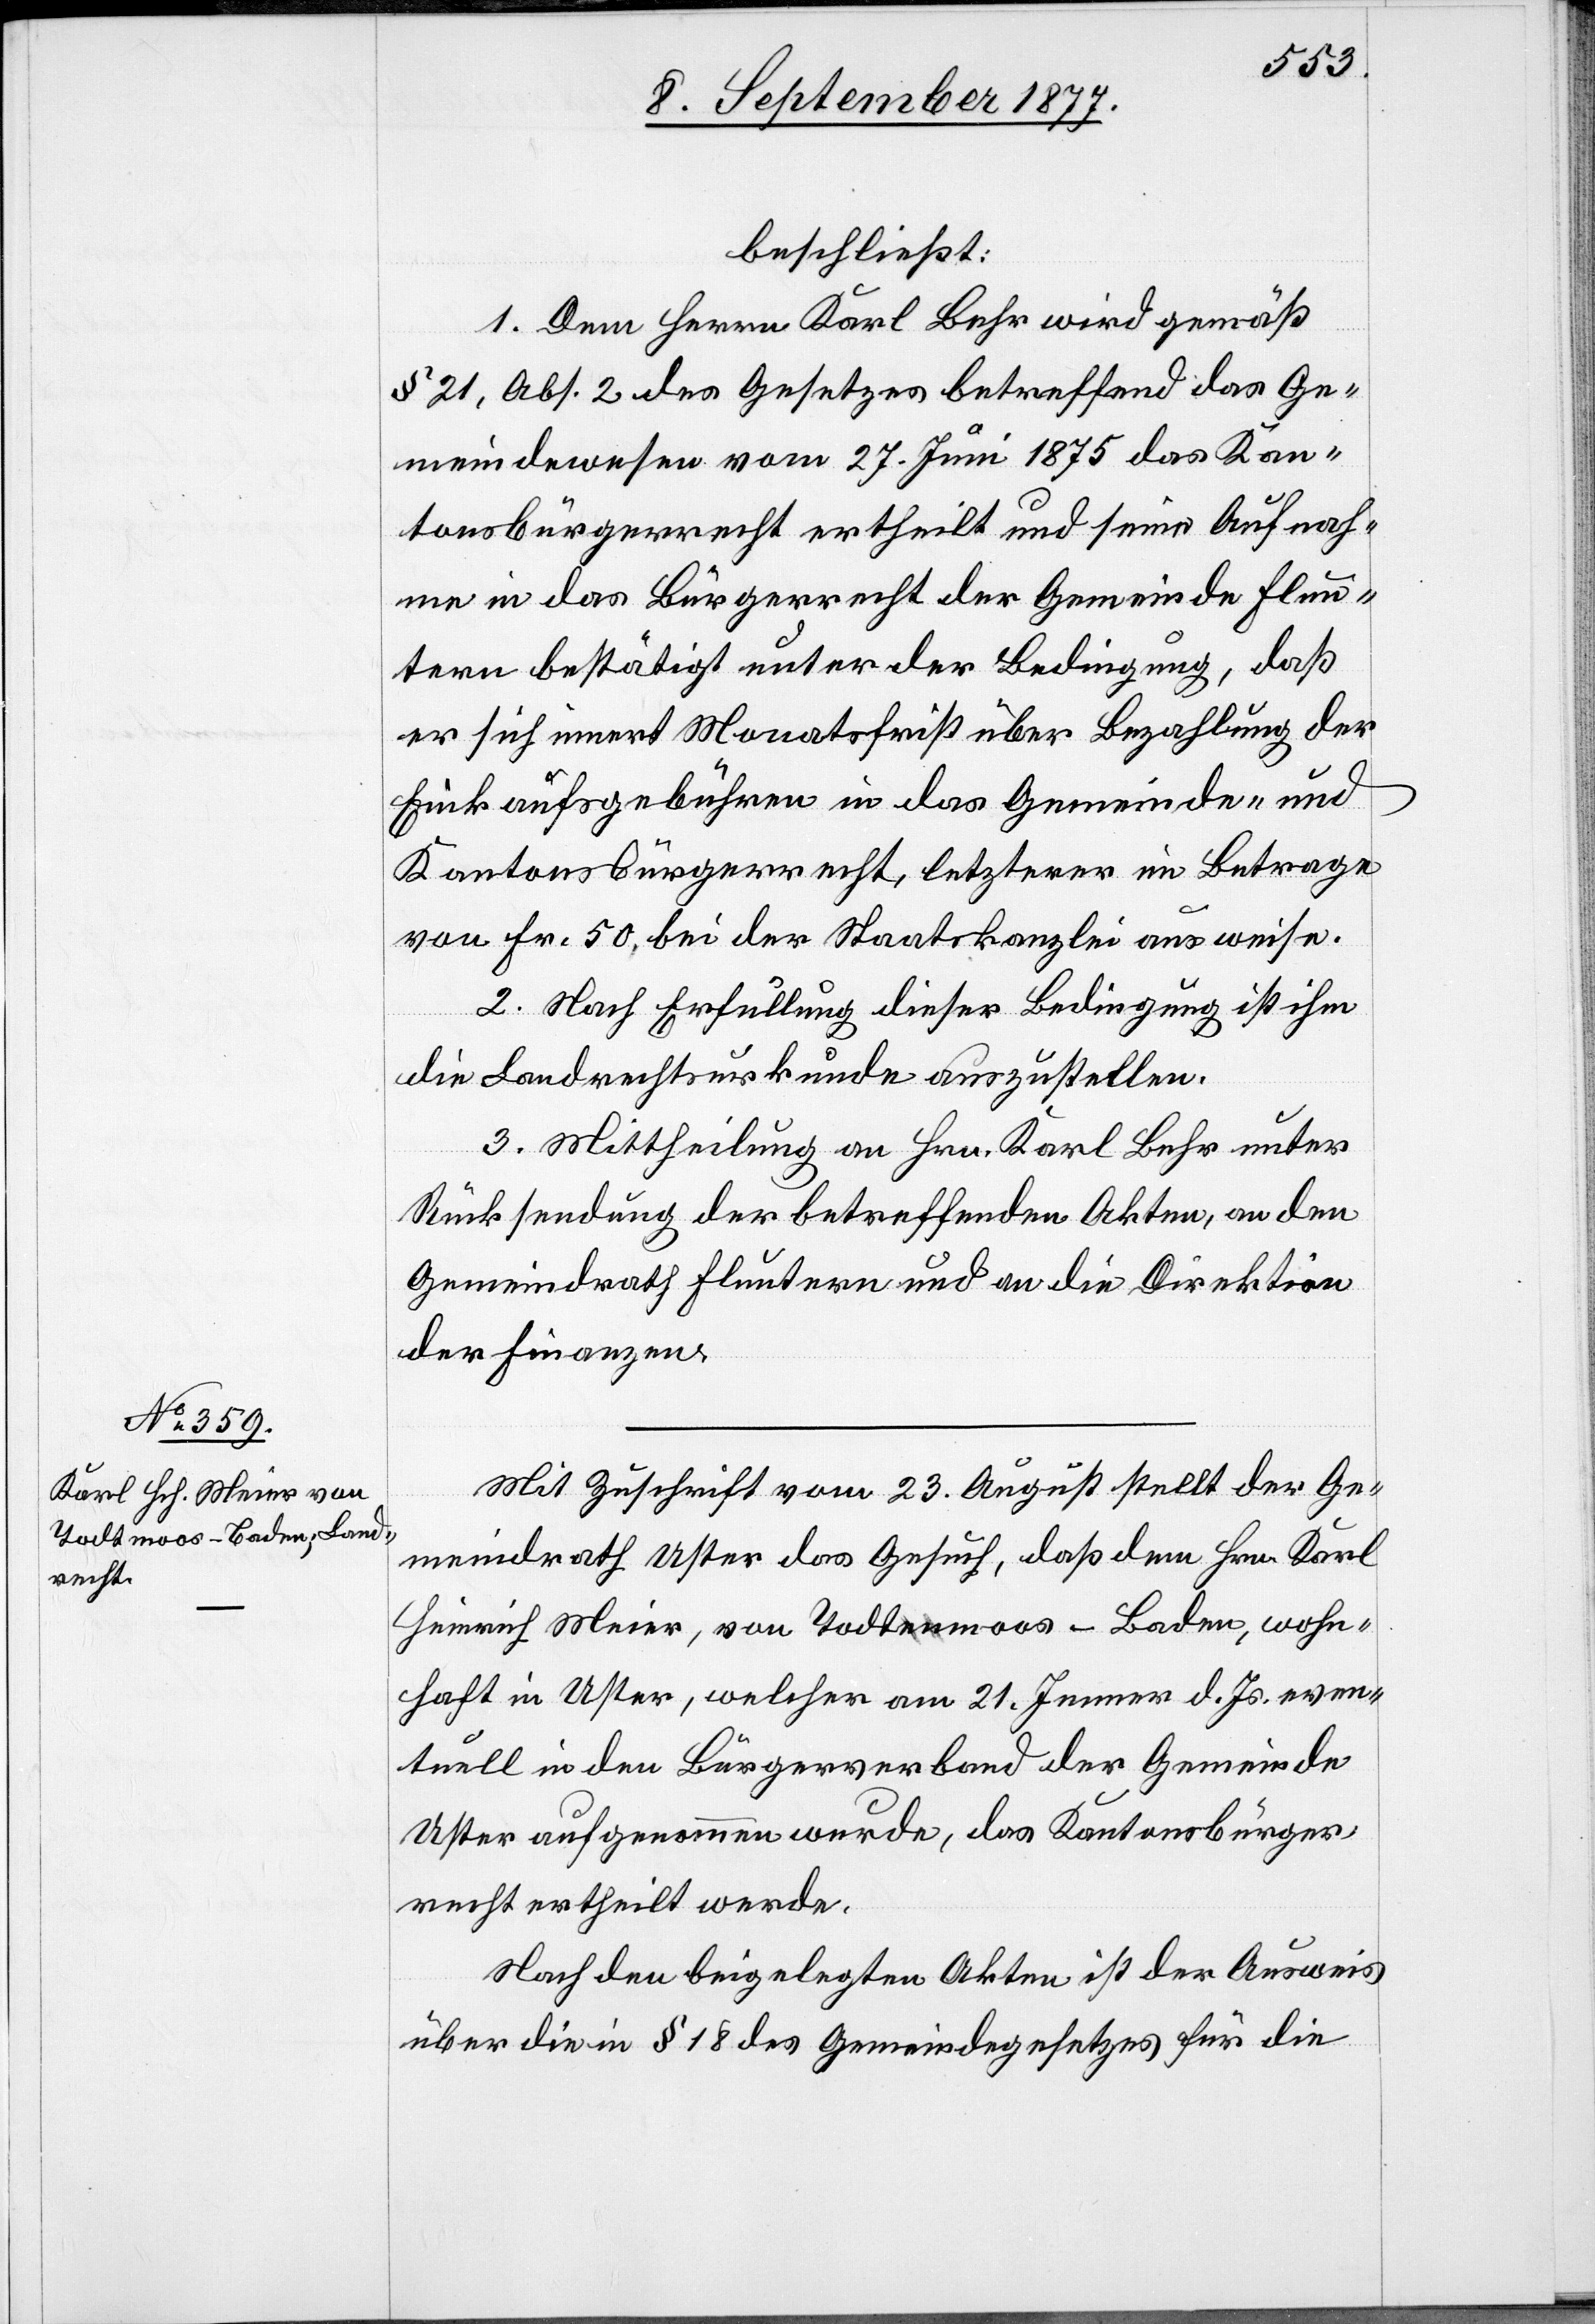
beschließt:
1. Dem Herrn Karl Behr wird gemäß
§ 21, Abs. 2 des Gesetzes betreffend das Ge¬
meindewesen vom 27. Juni 1875 das Kan¬
tonsbürgerrecht ertheilt und seine Aufnah¬
me in das Bürgerrecht der Gemeinde Flun¬
tern bestätigt unter der Bedingung, daß
er sich innert Monatsfrist über Bezahlung der
Einkaufsgebühren in das Gemeinde- und
Kantonsbürgerrecht, letzterer im Betrage
von Fr. 50, bei der Staatskanzlei ausweise.
2. Nach Erfüllung dieser Bedingung ist ihm
die Landrechtsurkunde auszustellen.
3. Mittheilung an Hrn. Karl Behr unter
Rücksendung der betreffenden Akten, an den
Gemeindrath Fluntern und an die Direktion
der Finanzen.
Mit Zuschrift vom 23. August stellt der Ge¬
meindrath Uster das Gesuch, daß dem Hrn. Karl
Heinrich Meier, von Todta-en-amoos - Baden, wohn¬
haft in Uster, welcher am 21. Jenner d. Js. even¬
tuell in den Bürgerverband der Gemeinde
Uster aufgenommen wurde, das Kantonsbürger¬
recht ertheilt werde.
Nach den beigelegten Akten ist der Ausweis
über die in § 18 des Gemeindegesetzes für die